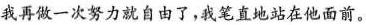
我再做一次努力就自由了，我笔直地站在他面前。